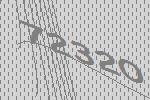
72320